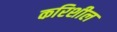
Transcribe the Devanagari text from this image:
करिशील